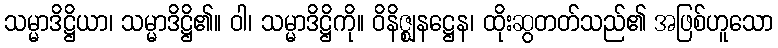
သမ္မာဒိဋ္ဌိယာ၊ သမ္မာဒိဋ္ဌိ၏။ ဝါ၊ သမ္မာဒိဋ္ဌိကို။ ဝိနိဇ္ဈနဋ္ဌေန၊ ထိုးဆွတတ်သည်၏ အဖြစ်ဟူသော